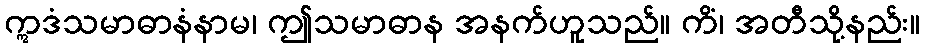
ဣဒံသမာဓာနံနာမ၊ ဤသမာဓာန အနက်ဟူသည်။ ကိံ၊ အတီသို့နည်း။